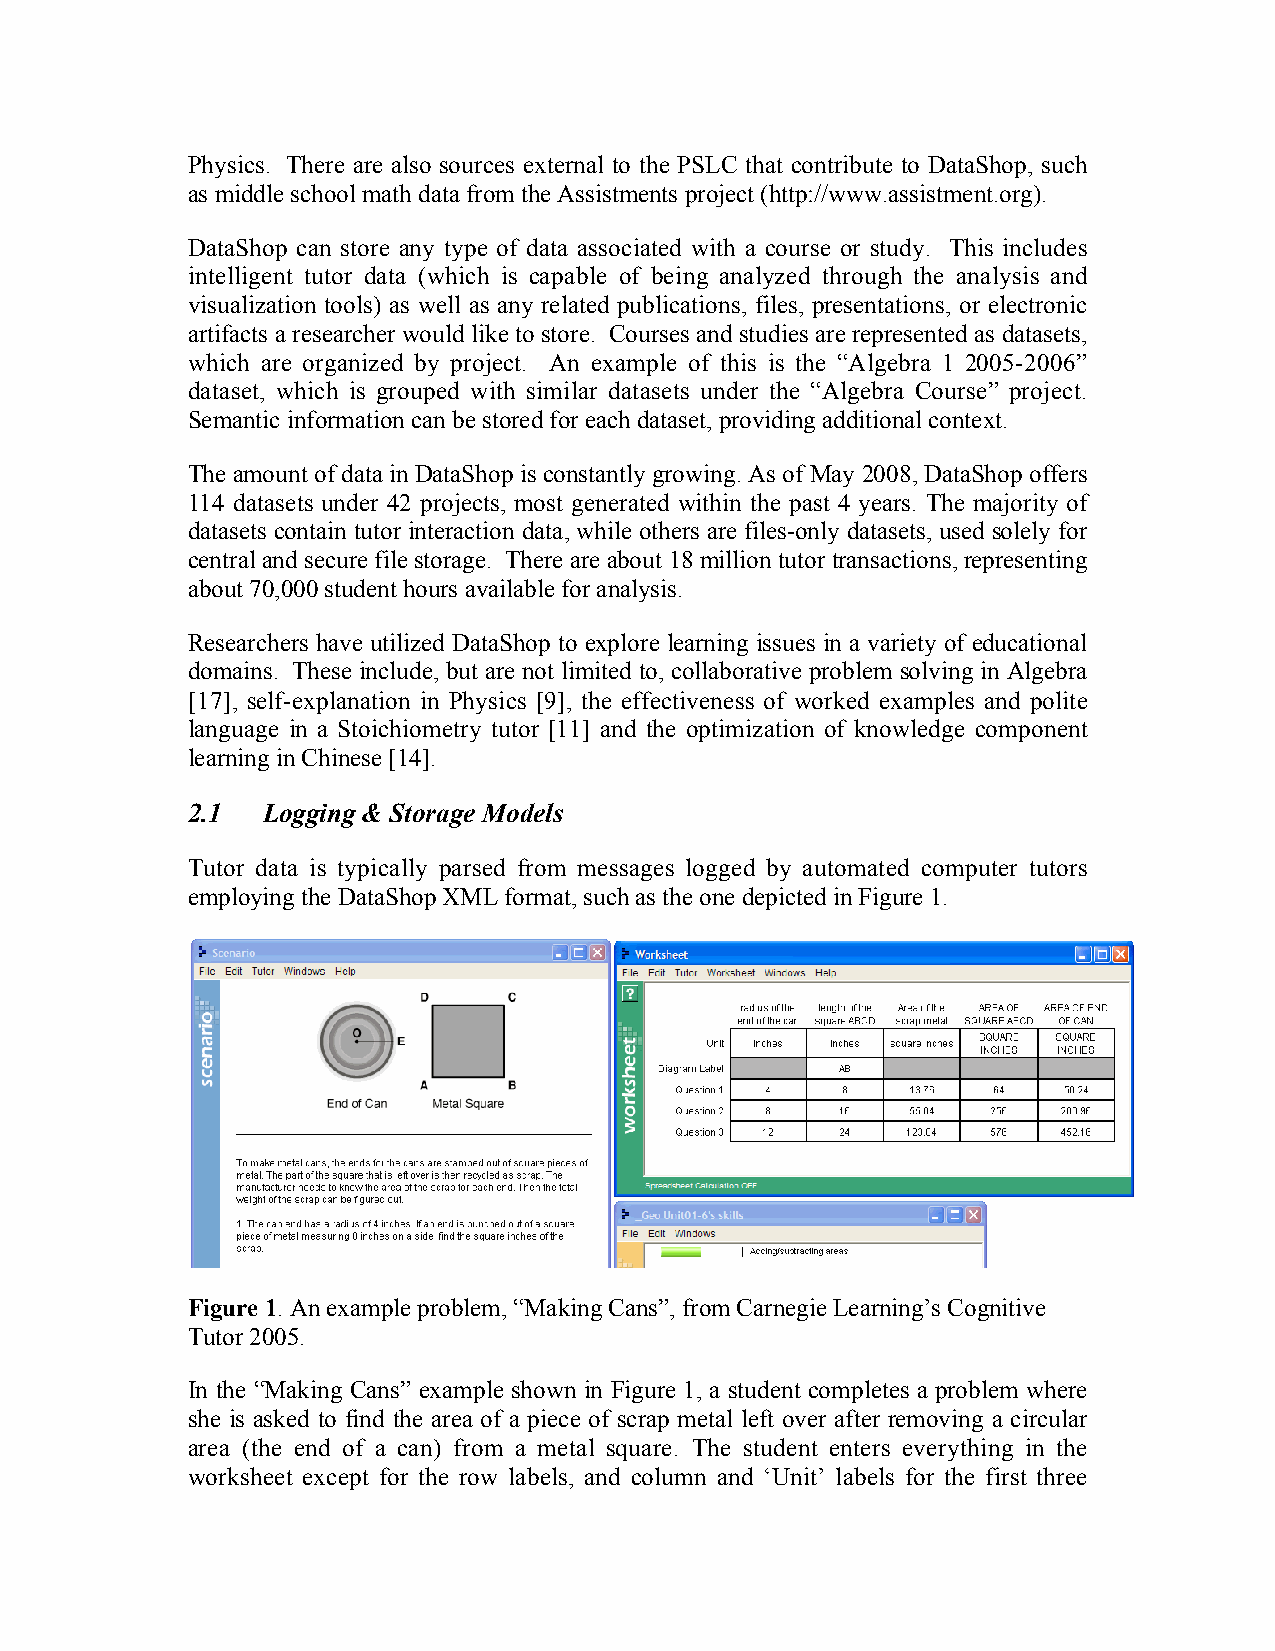
Physics. There are also sources external to the PSLC that contribute to DataShop, such
 as middle school math data from the Assistments project (http://www.assistment.org).
 DataShop can store any type of data associated with a course or study. This includes
 intelligent tutor data (which is capable of being analyzed through the analysis and
 visualization tools) as well as any related publications, files, presentations, or electronic
 artifacts a researcher would like to store. Courses and studies are represented as datasets,
 which are organized by project. An example of this is the “Algebra 1 2005-2006”
 dataset, which is grouped with similar datasets under the “Algebra Course” project.
 Semantic information can be stored for each dataset, providing additional context.
 The amount of data in DataShop is constantly growing. As of May 2008, DataShop offers
 114 datasets under 42 projects, most generated within the past 4 years. The majority of
 datasets contain tutor interaction data, while others are files-only datasets, used solely for
 central and secure file storage. There are about 18 million tutor transactions, representing
 about 70,000 student hours available for analysis.
 Researchers have utilized DataShop to explore learning issues in a variety of educational
 domains. These include, but are not limited to, collaborative problem solving in Algebra
 [17], self-explanation in Physics [9], the effectiveness of worked examples and polite
 language in a Stoichiometry tutor [11] and the optimization of knowledge component
 learning in Chinese [14].
 2.1  Logging & Storage Models
 Tutor data is typically parsed from messages logged by automated computer tutors
 employing the DataShop XML format, such as the one depicted in Figure 1.
 Figure 1. An example problem, “Making Cans”, from Carnegie Learning’s Cognitive
 Tutor 2005.
 In the “Making Cans” example shown in Figure 1, a student completes a problem where
 she is asked to find the area of a piece of scrap metal left over after removing a circular
 area (the end of a can) from a metal square. The student enters everything in the
 worksheet except for the row labels, and column and ‘Unit’ labels for the first three